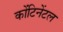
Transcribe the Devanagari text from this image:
कोंटिनेंटल